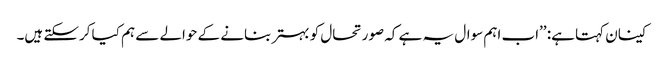
کینان کہتا ہے: ’’اب اہم سوال یہ ہے کہ صورتحال کو بہتر بنانے کے حوالے سے ہم کیا کرسکتے ہیں۔